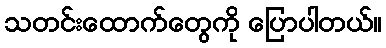
သတင်းထောက်တွေကို ပြောပါတယ်။